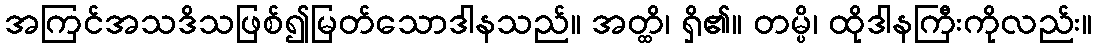
အကြင်အသဒိသဖြစ်၍မြတ်သောဒါနသည်။ အတ္ထိ၊ ရှိ၏။ တမ္ပိ၊ ထိုဒါနကြီးကိုလည်း။